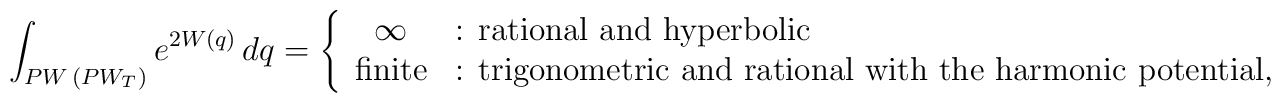
\int_{PW\,(PW_T)}e^{2W(q)}\,dq=\left\{   \begin{array}{cl}      \infty&\mbox{: rational and hyperbolic}\\      \mbox{finite}&\mbox{: trigonometric and rational with the harmonic   potential},   \end{array}   \right.